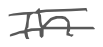
Text: in
Cross-out: mix
Writing tool: digital_gray